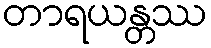
တာရယန္တဿ